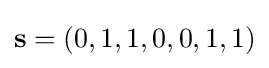
\mathbf {s} =(0,1,1,0,0,1,1)